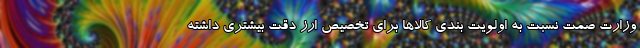
وزارت صمت نسبت به اولویت بندی کالاها برای تخصیص ارز دقت بیشتری داشته